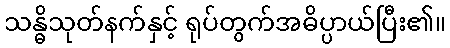
သန္ဓိသုတ်နက်နှင့် ရုပ်တွက်အဓိပ္ပာယ်ပြီး၏။